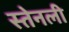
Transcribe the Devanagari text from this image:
स्तेनली